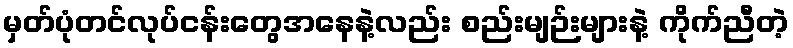
မှတ်ပုံတင်လုပ်ငန်းတွေအနေနဲ့လည်း စည်းမျဉ်းများနဲ့ ကိုက်ညီတဲ့